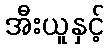
အီးယူနှင့်